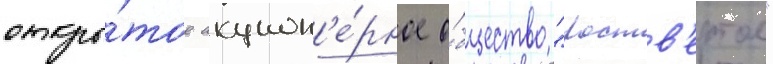
откры́тое акцион'е́рное о́бщество "роств'ертол"